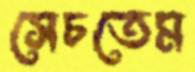
সেচতেম